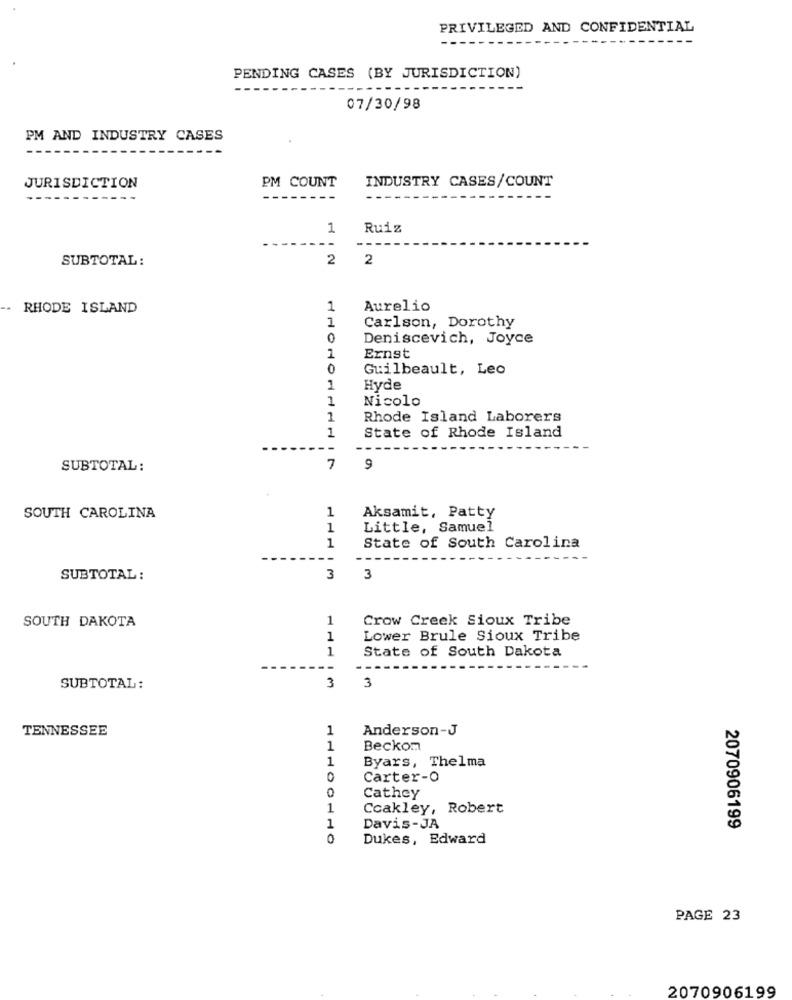
PRIVILEGED AND CONFIDENTIAL
PENDING CASES (BY JURISDICTION)
07/30/98
PM AND INDUSTRY CASES
PM COUNT
INDUSTRY CASES/COUNT
JURISDICTION
---
--
1
Ruiz
--
SUBTOTAL:
2
2
-. RHODE ISLAND
1
Aurelio
1
Carlson, Dorothy
Deniscevich, Joyce
1
Ernst
0
Guilbeault, Leo
1
Hyde
1
Nicolo
1
Rhode Island Laborers
1
State of Rhode Island
SUBTOTAL:
7
9
Aksamit, Patty
SOUTH CAROLINA
1
1
Little, Samuel
1
State of South Carolina
-
SUBTOTAL :
3
3
SOUTH DAKOTA
1
Crow Creek Sioux Tribe
1
Lower Brule Sioux Tribe
1
State of South Dakota
-
SUBTOTAL:
3
3
TENNESSEE
1
Anderson-J
1
Beckom
1
Byars, Thelma
0
Carter-O
0
Cathey
1
Ccakley, Robert
1
Davis-JA
2070906199
0
Dukes, Edward
PAGE 23
2070906199